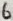
Text: 6